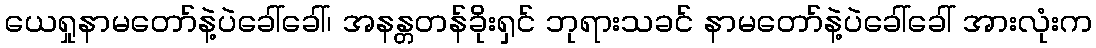
ယေရှုနာမတော်နဲ့ပဲခေါ်ခေါ်၊ အနန္တတန်ခိုးရှင် ဘုရားသခင် နာမတော်နဲ့ပဲခေါ်ခေါ် အားလုံးက